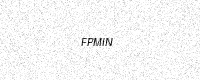
Text: FPMIN